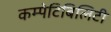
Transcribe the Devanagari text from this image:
कम्पेटिबिलिटी